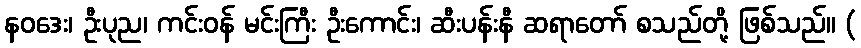
နဝဒေး၊ ဦးပုည၊ ကင်းဝန် မင်းကြီး ဦးကောင်း၊ ဆီးပန်းနီ ဆရာတော် စသည်တို့ ဖြစ်သည်။ (